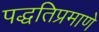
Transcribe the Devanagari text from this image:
पद्धतिप्रमाणे